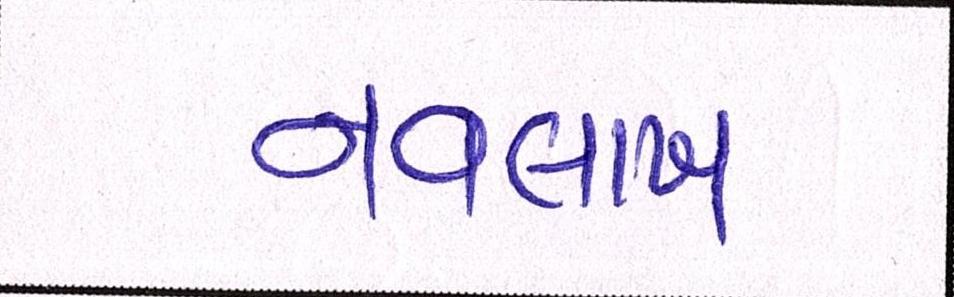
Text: નવલાખ